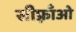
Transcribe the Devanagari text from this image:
सीफ़्राँओ